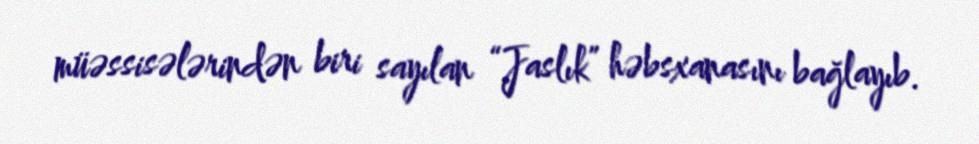
müəssisələrindən biri sayılan “Jaslık” həbsxanasını bağlayıb.